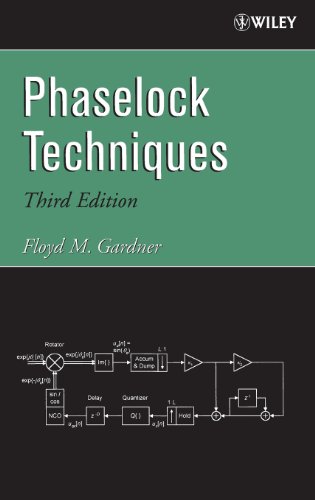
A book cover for Phaselock Techniques; Floyd M. Gardner; Science & Math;